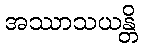
အဿာသယန္တိ